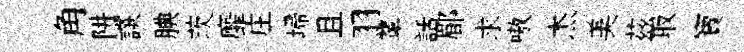
角阱譔腆茨靡庄埽且羽顰話郿求嗷杰美茲取寶